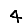
Digit: 4